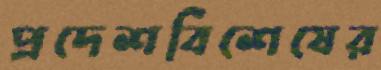
প্রদেশবিশেষের